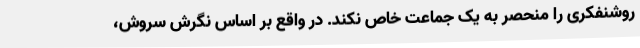
روشنفکری را منحصر به یک جماعت خاص نکند. در واقع بر اساس نگرش سروش،